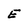
Character: E